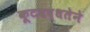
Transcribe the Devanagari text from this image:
कूटबद्धतेने